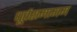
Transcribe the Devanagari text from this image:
धूर्तसमागम